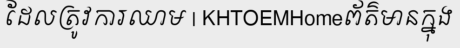
ដែលត្រូវការឈាម | KHTOEMHomeព័ត៌មានក្នុង